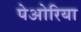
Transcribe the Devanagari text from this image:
पेओरिया